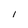
Character: I